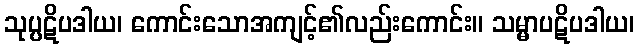
သုပ္ပဋိပဒါယ၊ ကောင်းသောအကျင့်၏လည်းကောင်း။ သမ္မာပဋိပဒါယ၊